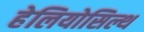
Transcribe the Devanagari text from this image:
हेलियोसिल्थ